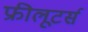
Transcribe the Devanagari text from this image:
फ्रीलूटर्स